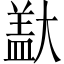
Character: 𪥞